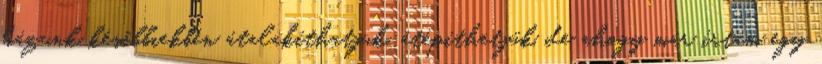
házunk későbbiekben átalakíthatjuk, átépíthetjük, de ahogy már írtam egy